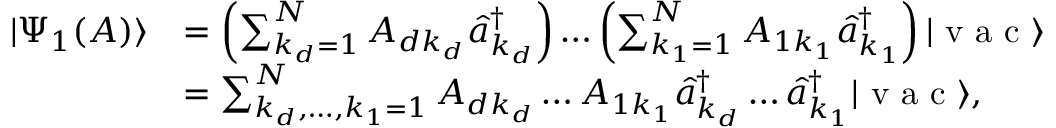
\begin{array} { r l } { | \Psi _ { 1 } ( A ) \rangle } & { = \left( \sum _ { k _ { d } = 1 } ^ { N } A _ { d k _ { d } } \hat { a } _ { k _ { d } } ^ { \dagger } \right) \ldots \left( \sum _ { k _ { 1 } = 1 } ^ { N } A _ { 1 k _ { 1 } } \hat { a } _ { k _ { 1 } } ^ { \dagger } \right) | \textrm { v a c } \rangle } \\ & { = \sum _ { k _ { d } , \ldots , k _ { 1 } = 1 } ^ { N } A _ { d k _ { d } } \ldots A _ { 1 k _ { 1 } } \hat { a } _ { k _ { d } } ^ { \dagger } \ldots \hat { a } _ { k _ { 1 } } ^ { \dagger } | \textrm { v a c } \rangle , } \end{array}